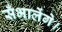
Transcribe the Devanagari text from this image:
सँभालेंगे।